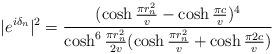
LaTeX: \begin{align*}|e^{i\delta_n}|^2=\frac{(\cosh\frac{\pi r_{n}^{2}}{v}-\cosh\frac{\pi c}{v})^4}{\cosh^6 \frac{\pi r_{n}^{2}}{2v} (\cosh\frac{\pi r_{n}^{2}}{v}+\cosh\frac{\pi 2c}{v})}\end{align*}